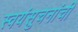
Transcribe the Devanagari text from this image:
स्वयंसुचनांची